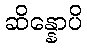
ဆိန္နောပိ